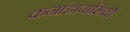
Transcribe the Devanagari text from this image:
कनाडावासियों